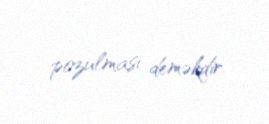
pozulması deməkdir.